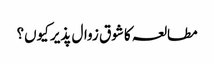
مطالعہ کا شوق زوال پذیر کیوں؟